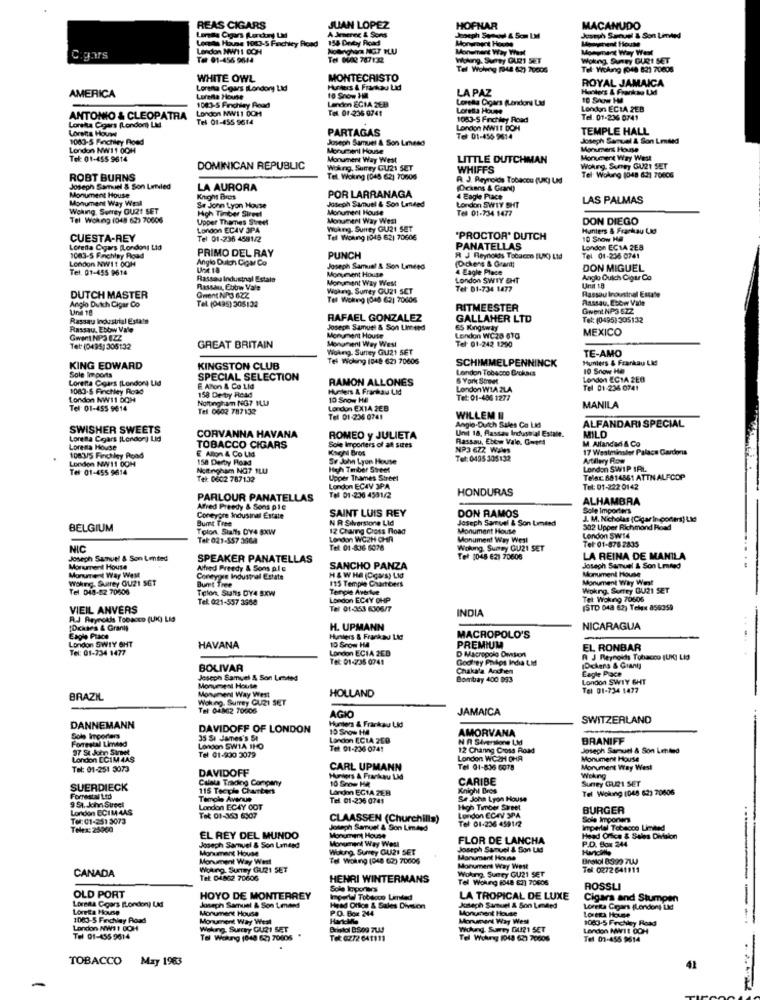
REAS CIGARS
JUAN LOPEZ
HOFNAR
MACANUDO
Leczas House 1083-5 Finchley Road
A Jeerer & Sons
154 Dnityy Road
Joseph Sensodl & Som LM
Joseph Samuel & Son Limted
London MWH1 DOH
Monument Way West
Monument Way West
C.gars
Tot 01-456 9644
Te DUAS 787132
Woking. Surrey GURI SET
Wokng Sunny GURI SET
Tel Woleng (944 62) 20006
Tel: Wolang (048 821 70608
WHITE OWL
MONTECRISTO
ROYAL JAMAICA
AMERICA
Lorena Cows ILondory Lid
Punters & Frankau Lidi
LAPAZ
Hunters & Frankao LMd
10 Snow HA
Landon ECIA 2CB
Loretta Cigars (Lendont Lad
10 Show Hl
London NW11 0OM
1083-5 Finchley Road
Tel. 01-236 0741
Loretta House
London ECLA ZEB
ANTONIO & CLEOPATRA
Tel 01-455 9614
1083-5 Frchley Road
Tel. 01-236 0741
Loretta Cigars (London) LMd
Lorena Houw
PARTAGAS
London NWIT DOM
TEMPLE HALL
1080-5 Finchley Road
Joseph Samuel & Son Lmasd
Tel 01-456 9614
Joseph Samuel & Son Limited
London NW11 0OH
Monument House
Morsmens House
Tel: 01-455 9614
Monument Way West
LITTLE DUTCHMAN
Monument Way West
DOMINICAN REPUBLIC
Woking, Surrey GU21 SET
WHIFFS
Wohung Suney GU21 SET
ROBT BURNS
Tel. Woking (045 62) 70606
A. J. Reynolds Tobacco (UIC) UM
Tel Wolung (048 621 70406
Joseph Samuel & Son Lenled
LA AURORA
Ockans & Grant)
Monument Way Wesl
Monument House
Knight Bres
POR LARRANAGA
4 Eagle Place
LAS PALMAS
Woking, Surrey OU21 SET
Se Jonn Lyon Hovse
High Timber Street
Joseph Samuel & Son Landed
Monument House
London SWTY SHT
Tel 01-734 1477
Tel Woking (048 62) 70606
Upper Thames Street
Moramert Way West
DON DIEGO
London ECAV JPA
Woking. Surrey GU21 SET
Hunters & Frankau Lid
CUESTA-REY
Tel 01-236 4581/2
Tel Woning 1048 621 70606
"PROCTOR' DUTCH
10 Snow Ha
Loretta Cigars [Londons Lid
PRIMO DEL RAY
PANATELLAS
London EC1A 2EB
London NW11 OOH
1083-5 Finchley Road
Anglo Dutch Cigar Co
PUNCH
R J Reynolds Tobacco BUIC) Ltd
(Dickens & Grant)
Tel 01-236 0741
Tel. 01-455 9614
Joseph Samuel & Son Lended
Moruevent House
4 Eagle Place
DON MIGUEL
Rassau Industnal Estale
Monument Way West
London SWIY OHT
Anglo Ouich Cigar Co
Rassau, Ebbw Vale
Wokng. Surrey GU21 SET
Tel: 01-734 1477
Unit 18
Rassou Inousinal Estate
DUTCH MASTER
Gment NAJ 62Z
Tel Woking [048 62) 70006
Passau, Ebbw Vale
Und 10
Anglo Dutch Cigar Co
Tel (0495) 305132
RITMEESTER
Gwent NP3 6ZZ
Rassau Industrial Estate
RAFAEL GONZALEZ
GALLAHER LTD
Tel: (0495) 305132
Rassau, Ebbw Vale
Joseph Samuel & Son Limited
65 Kingsway
MEXICO
Monument Houte
Monument Way West
London WC28 610
Tel: 01-242 1290
Tet: (0495; 305132
GREAT BRITAIN
Woking. Surrey GU21 5ET
TE-AMO
Tel Woking (048 623 70606
SCHIMMELPENNINCK
Hunters & Frankau Lie
KING EDWARD
Sole Imports
KINGSTON CLUB
London Tobacco Brokars
10 Snow Ha
Loretta Coars (London) Lid
SPECIAL SELECTION
RAMON ALLONES
5 York Sonnet
London ECIA 2EB
1083-5 Finchley Road
E Ation & Co Lid
Hunters & Frankau Lid
London WIA 2LA
Tel 01-236 0741
London NW11 OCH
158 Dertry Read
Nottingham NG? MLU
10 Snow Hil
Tel: 01-486 1277
Tel: 01-455 9614
Tel 0602 787132
London EX14 2EB
MANILA
Tel 01-236 0741
Anglo-Dutch Sales Co LM
WILLEM II
ALFANDARI SPECIAL
SWISHER SWEETS
Unit 18, Passau Industrial Estate.
MILD
Loretta Cigars (London) Lid
CORVANNA HAVANA
ROMEO y JULIETA
Rassau, Ebtw Vale. Cote!
M. Alfandad & Co
Lorena House
TOBACCO CIGARS
E Alon & Co Lid
Sole lerporters of all sizes
Kach Bros
NP3 672 Wales
17 Westminster Palace Gardons
1083/5 Finchley Road
London NW11 OOM
158 Derby Road
Se John Lyon House
Tel: 0495 305132
Artiluy Row
Tel: 01-455 9614
Nottingham NG7 SLU
High Timber Street
London SWIP IRL
Tel: 0602 787132
Upper Trames Street
Telac 6814561 ATTN ALFCOP
London ECAV 3PA
HONDURAS
Tel: 01-222 0142
PARLOUR PANATELLAS
Tel 01-236 4501/2
ALHAMBRA
Afred Preedy & Sons pie
SAINT LUIS REY
DON RAMOS
Sole Importers
Coneygre Indusinal Estate
Dumt Tree
N R Silverstone Lid
Joseph Samuel & Son Umend
J. M. Nicholas (Cigar In coders) Ltd
BELGIUM
Tolon Staffs DY4 8XW
12 Chang Cross Road
Monument House
502 Upper Richmond Road
Tel: 021-557 3668
London WC2H CHIR
Monument Way West
London SW14
Tel: 01-876 2835
NIC
Tel: 01-8:16 6028
Woking. Sumey GU21 SET
Joseph Samuel & Son Limited
SPEAKER PANATELLAS
Tel: (048 621 70606
LA REINA DE MANILA
Monument House
Monument Way West
Alfred Freedy & Sons plo
SANCHO PANZA
Joseph Samuel & Son Limited
Monument House
Wohng. Surrey OU21 SET
Conetypse Industrial Estate
Bumet Tree
H &WHO (Ccars) Lid
115 Tempie Chartbers
Monument Why West
Tel Dig-82 70600
Telon Stunts DY4 SxW
Tenple Avertue
Wokng, Surrey GU21 SET
Tel: 021-557 3388
London EC4Y OHP
Tel: Woking 70506
VIEIL ANVERS
Tel 01-353 6306/7
INDIA
(STD 043 62) Telex 8553:59
R.J Reynolds Tobacco (UK) LIG
[Dcktes & Graniş
H. UPMANN
NICARAGUA
Eagle Place
London SWIY GHT
Hunters & Frankau LAC
MACROPOLO'S
Tel: 01-234 1477
HAVANA
London ECIA 2ED
10 Srow HA
PREMIUM
D Macropolo Omkort
EL RONBAR
Tel: 01-235 0741
Godhey Prilos India tid
R J Reynolds Tobacco (UK) Lid
BOLIVAR
Chakala Aochen
(Dekens & Grant]
Joseph Samuel & Son Lensted
Bombay 400 093
Eagle Place
London SWTY GHT
Monument House
HOLLAND
Tel 01-234 1477
BRAZIL
Woking. Surrey GURI SET
Monument Way West
Tel 04862 70506
JAMAICA
Hunters & Frankau Lid
AGIO
SWITZERLAND
DANNEMANN
DAVIDOFF OF LONDON
15 Snow HA
AMORVANA
Sole Irporer
Forrestal Limited
35 St James's St
Landon ECIA 200
N A SIversione LM
BRANIFF
97 St John Siret
London SWIA 1H0
Tel 01-800 3079
Tel: 01-236 0741
12 Channg Cross Road
Joseph Samuel & Son Letted
London ECIM 4AS
London WC2H CHA
Monument House
Tel: 01-251 3073
DAVIDOFF
CARL UPMANN
Tel 01-836 6078
Monument Way West
Calata Trading Company
10 Snow HA
Hunters A Frankau LMd
CARIBE
Woking
Surrey GURI SET
SUERDIECK
115 Teeple Charters
Landon EGIA ZEB
Knight Bres
Tel Wolung (048 62) 70606
Forrestal Ltd
9 51. John Street
Tel. 01-236 0741
Se John Lyon House
London ECIM 4AS
London ECAY COT
High Timber Street
London ECAV 3PA
BURGER
Tel: 01-251 3073
Tel 01-353 6907
CLAASSEN (Churchills)
Tel: 01-236 459112
Sole Importers
Telex: 25960
Joseph Samuel & Son Limited
imperial Tobacco Limited
EL REY DEL MUNDO
Monument Way Woul
Monument House
FLOR DE LANCHA
P.O. Box 244
Head Office & Sales Division
Joseph Samuel & Son Landed
Monument House
Wulung, Surrey GU21 SET
Joseph Samuel & Son Lid
Monument Way West
Tel Woking (048 62) 70006
Monument House
Bralol 8399 7UJ
CANADA
Wolung. Surry GU21 SET
Monument Way West
Tel: 0272 641111
Tel: 04862 70606
HENRI WINTERMANS
Woking. Suery GU21 SET
Tel Wolung (048 62) 70606
Sole Importers
ROSSLI
OLD PORT
HOYO DE MONTERREY
Imperial Tobacco Limited
LA TROPICAL DE LUXE
Cigars and Stumpen
-
Lorena Cours [London) LMd
Loreta House
Monument House
Joseph Samuel & Son Lenned
P.O. Box: 244
Head Office & Sales Diver
Jenach Samuel & Son Loniled
Monument House
Loretta Cigars (London) Lidl
1063-5 Finchley Road
Monument Way West
Monument Way West
1083-5 Finchley Road
Lorena House
London NW11 DOH
Waking. Surrey GU21 SET
Bristol BS09 7LA!
Wokand, Sumey DU121 SET
London MW11 OOH
Tel 01-455 9614
Tal Walking (648 62) 70806
Tok: 0272 641111
Tel Wuhung (048 (2) 70006
Tel 03-455 9614
TOBACCO
May 1963